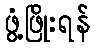
ဖွံ့ဖြိုးရန်